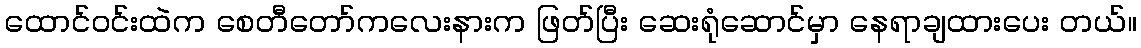
ထောင်ဝင်းထဲက စေတီတော်ကလေးနားက ဖြတ်ပြီး ဆေးရုံဆောင်မှာ နေရာချထားပေး တယ်။